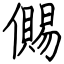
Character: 儩